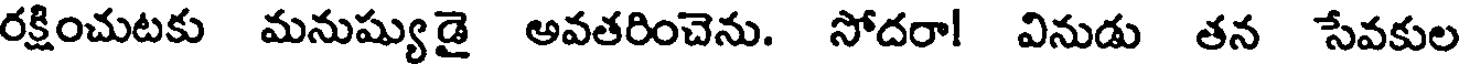
రక్షించుటకు మనుష్యుడై అవతరించెను. సోదరా! వినుడు తన సేవకుల